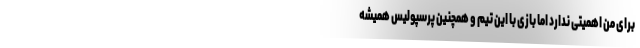
برای من اهمیتی ندارد اما بازی با این تیم و همچنین پرسپولیس همیشه